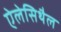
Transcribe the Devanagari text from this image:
ऐलेसिथैल